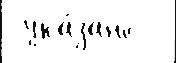
 ука́зано